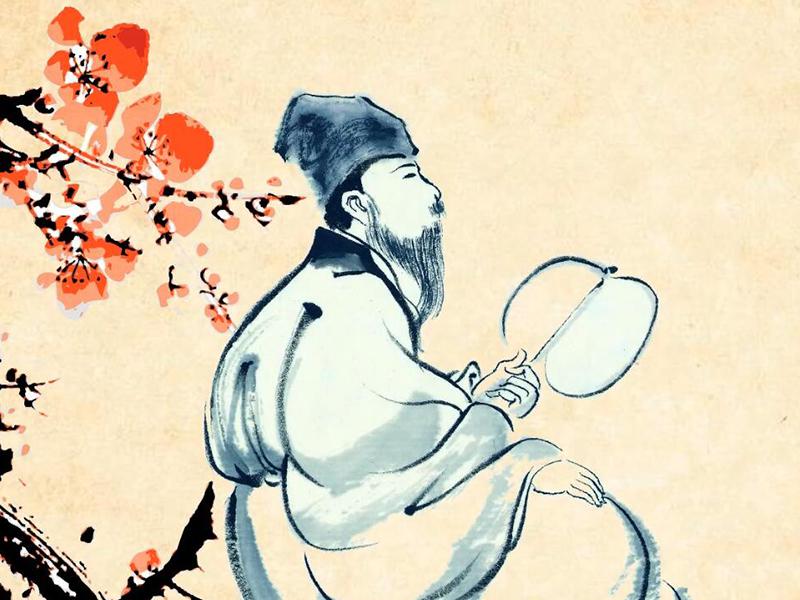
勾引东风，也知芳思难禁。